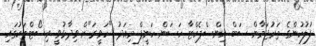
ފުލުހުންގެ ތަރުޖަމާން ސަބް އިންސްޕެކްޓާ ހަސަން ހަނީފް މިއަދު "ހަވީރަ"ށް ވިދާޅުވީ ރިސޯޓްތަކުގައި